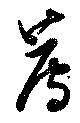
薦